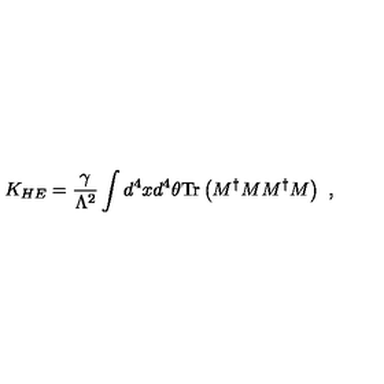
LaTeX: K _ { H E } = { \frac { \gamma } { \Lambda ^ { 2 } } } \int d ^ { 4 } x d ^ { 4 } \theta \mathrm { T r } \left( M ^ { \dag } M M ^ { \dag } M \right) \ ,